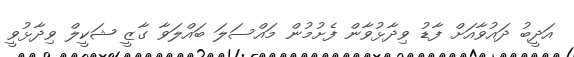
އަދީބު ދައުވާއަށް ފާޑު ވިދާޅުވާން ފެށުމުން މައްސަލަ ބައްލަވާ ގާޒީ ޝަކީލް ވިދާޅުވީ